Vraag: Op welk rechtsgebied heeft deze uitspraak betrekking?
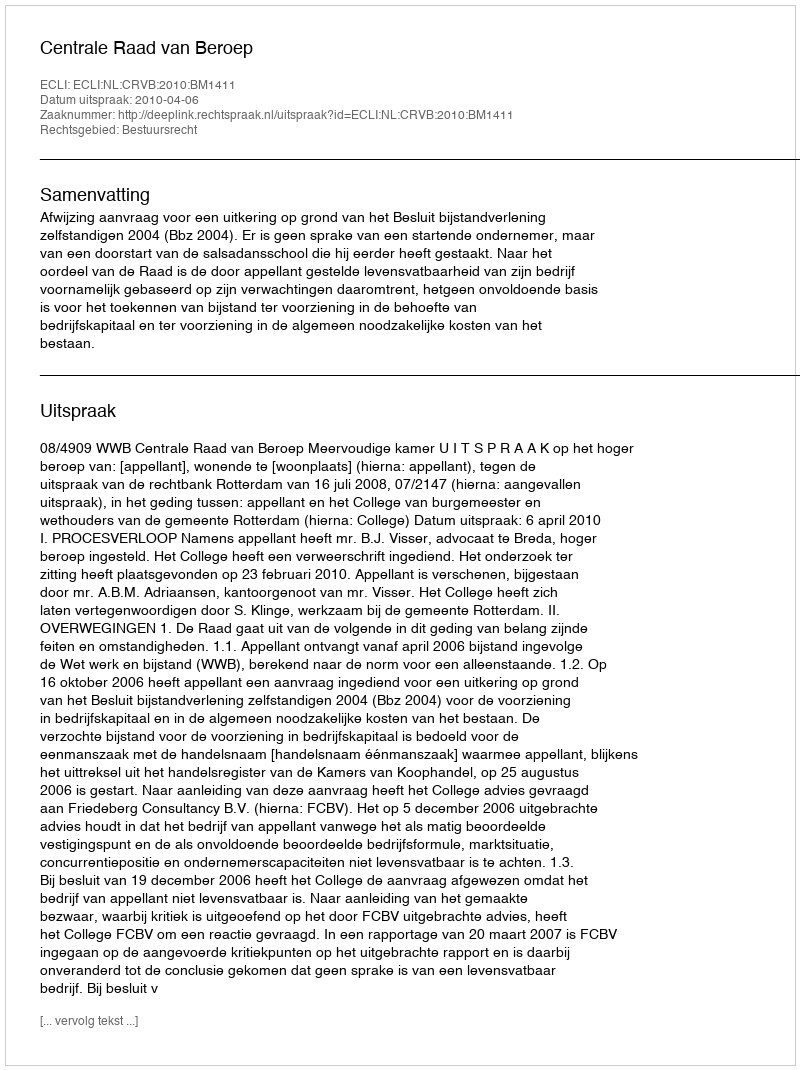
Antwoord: Bestuursrecht